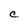
Character: C